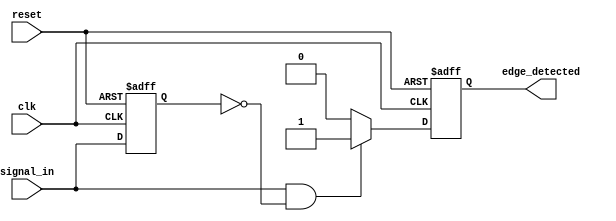
module edge_detector (
    input wire clk,              // Clock signal
    input wire reset,            // Asynchronous reset signal
    input wire signal_in,        // Input signal to detect rising edge
    output reg edge_detected     // Output pulse for rising edge detection
);

    reg signal_in_prev;          // Previous state of the input signal

    // Asynchronous reset and edge detection logic
    always @(posedge clk or posedge reset) begin
        if (reset) begin
            signal_in_prev <= 1'b0; // Initialize previous state to low
            edge_detected <= 1'b0;   // Clear edge detected output
        end else begin
            // Edge detection logic
            if (signal_in && !signal_in_prev) begin
                edge_detected <= 1'b1; // Rising edge detected
            end else begin
                edge_detected <= 1'b0;  // No edge detected
            end
            
            // Update previous state
            signal_in_prev <= signal_in;
        end
    end

endmodule